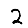
Digit: 2